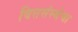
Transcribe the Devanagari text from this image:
वित्तसंस्थेचा